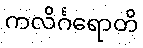
ကလိင်္ဂရောတိ